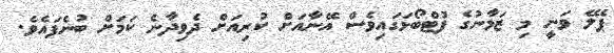
ޕެލޭ ވަނީ މި ޒަމާނުގެ ފުޓްބޯޅަގައިވެސް އޭނާއަށް ކުރިއަށް ދެވިދާނެ ކަމަށް ބުނެފައެވެ.